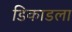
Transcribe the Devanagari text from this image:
डिकाडला